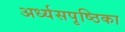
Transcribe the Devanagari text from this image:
अर्ध्यसपृष्ठिका